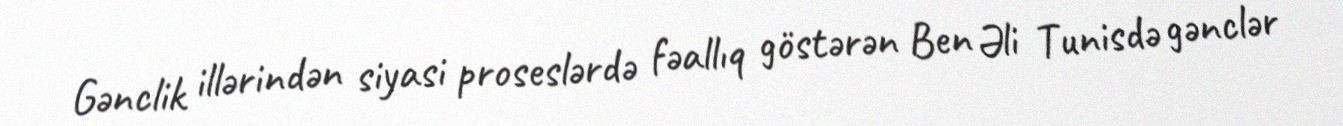
Gənclik illərindən siyasi proseslərdə fəallıq göstərən Ben Əli Tunisdə gənclər